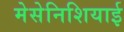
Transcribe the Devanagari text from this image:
मेसेनिशियाई